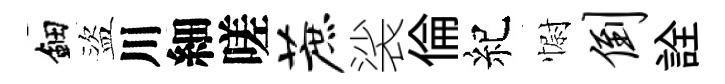
鈿盜川細嗟蔗裟倫紀𢠢倒詮